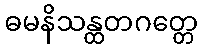
ဓမနိသန္ထတဂတ္တေ